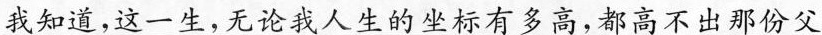
我知道，这一生，无论我人生的坐标有多高，都高不出那份父